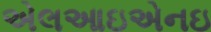
એલઆઇએનઇ